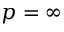
p = \infty